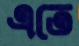
এতে